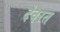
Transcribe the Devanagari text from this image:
देवरत